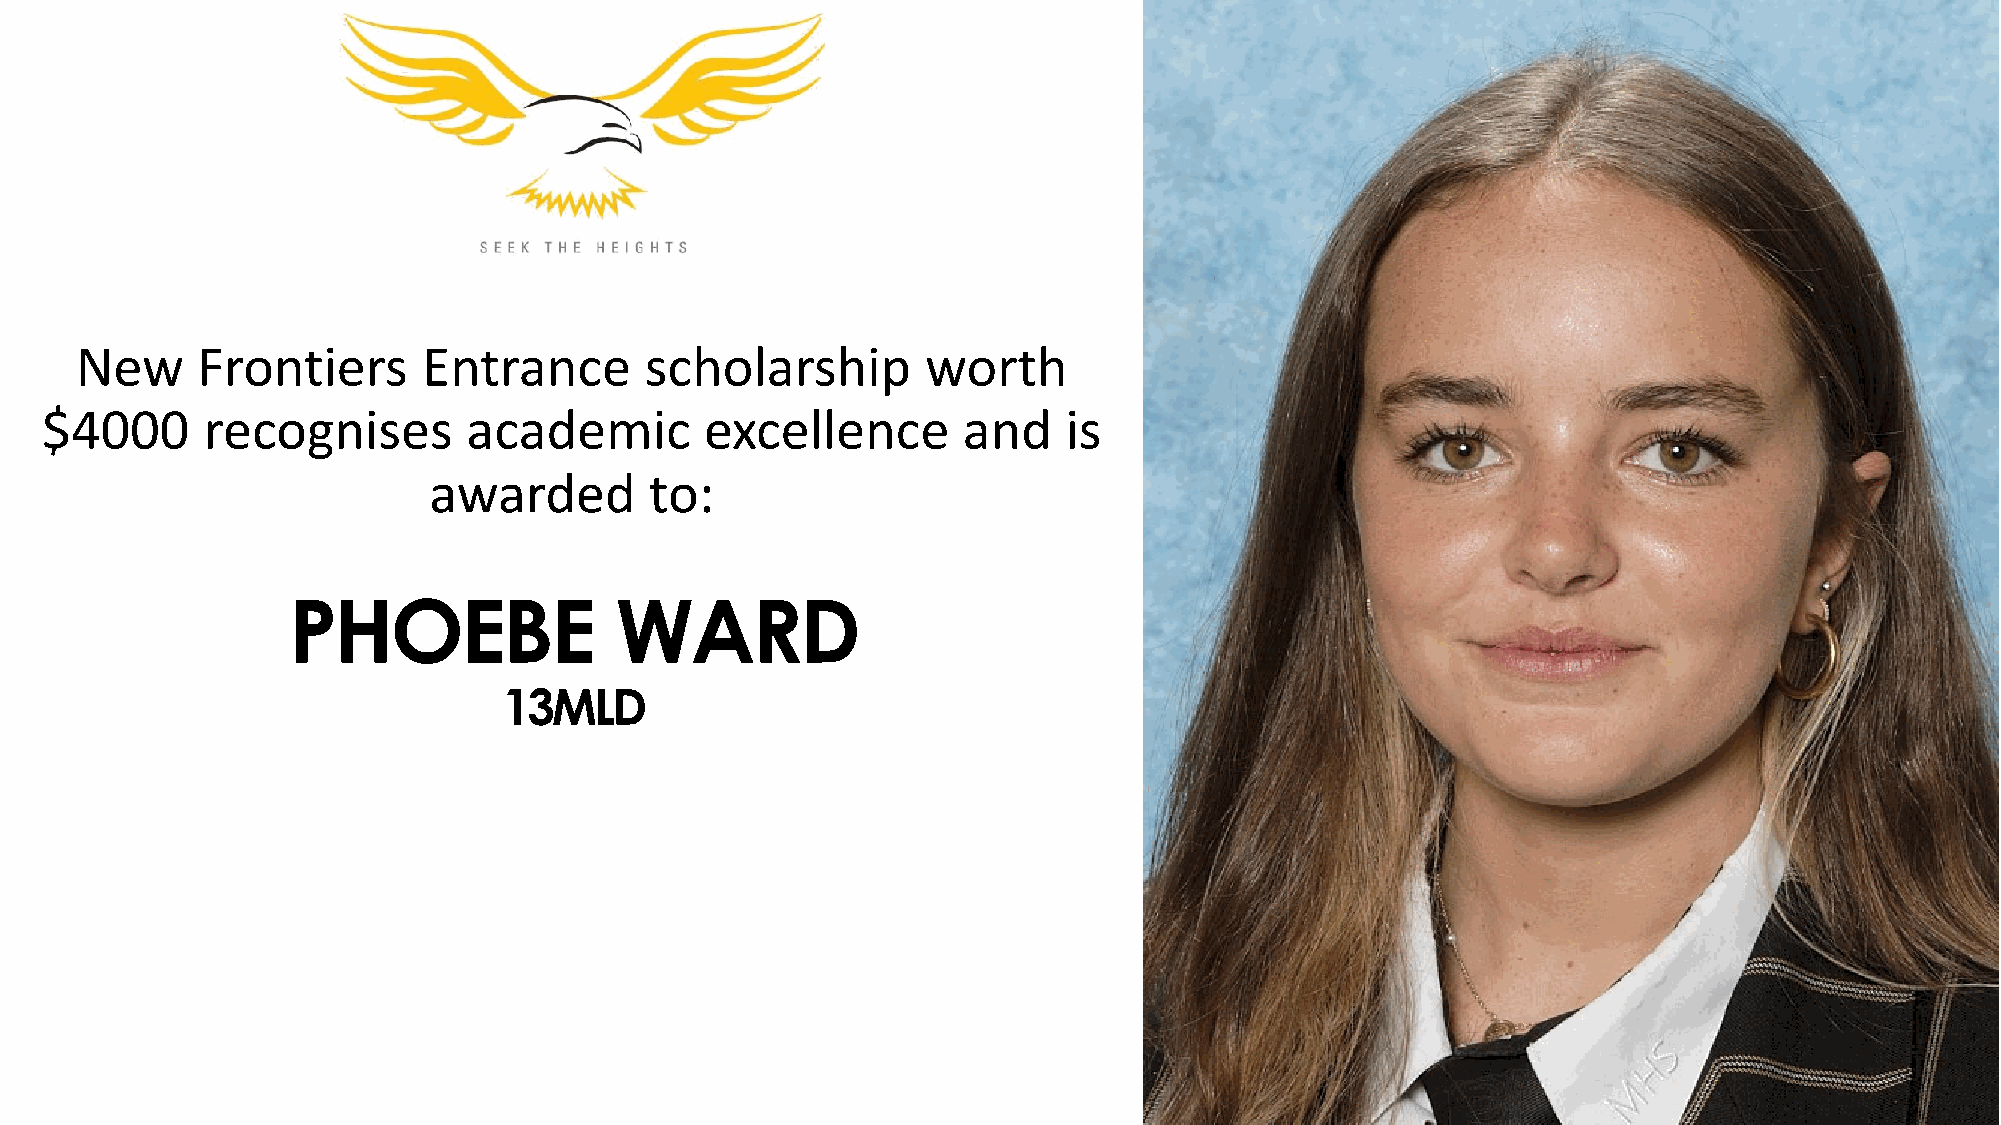
New     Frontiers      Entrance       scholarship       worth
 $4000     recognises        academic        excellence       and    is
 awarded        to:
 PHOEBE                WARD
 13MLD